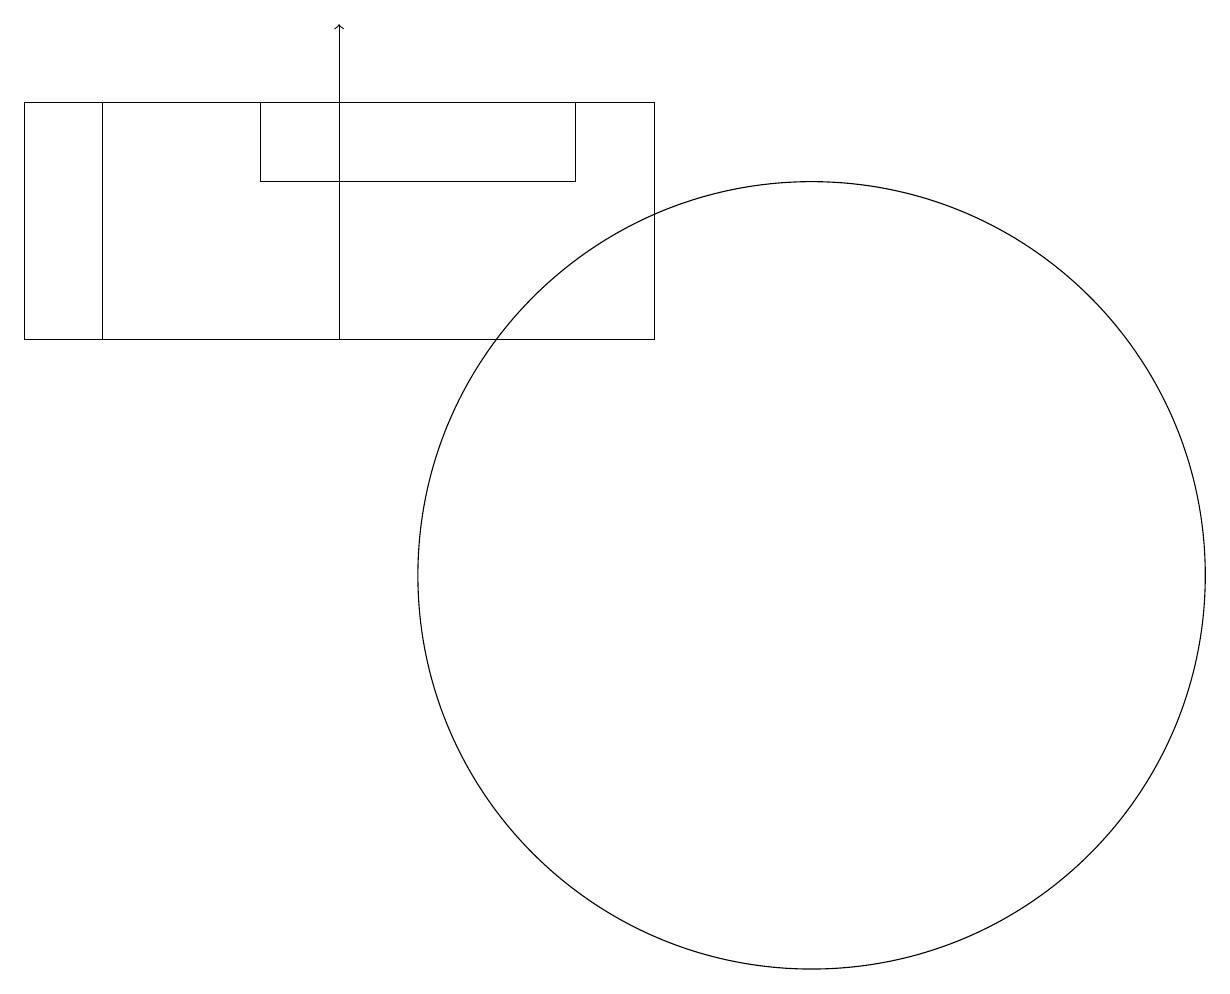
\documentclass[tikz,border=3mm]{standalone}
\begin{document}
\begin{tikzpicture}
\draw (11,10) circle (5);
\draw (5,16) rectangle (5,16);
\draw[->] (5,13) -- (5,17);
\draw (1,13) rectangle (9,16);
\draw (8,16) rectangle (4,15);
\draw (2,13) rectangle (1,16);
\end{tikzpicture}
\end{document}